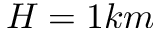
H = 1 k m